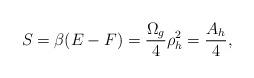
LaTeX: \begin{align*}S=\beta (E-F) = {\Omega_g\over 4}\rho_h^2 = {A_h\over 4},\end{align*}